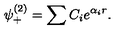
\psi _ { + } ^ { ( 2 ) } = \sum C _ { i } e ^ { \alpha _ { i } r } .